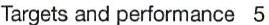
Targets and performance  5